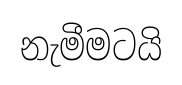
නැමීමටයි